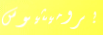
بروميثيوس